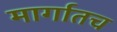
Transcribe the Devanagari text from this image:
मार्गातच